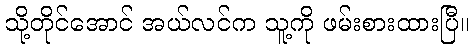
သို့တိုင်အောင် အယ်လင်က သူ့ကို ဖမ်းစားထားပြီ။